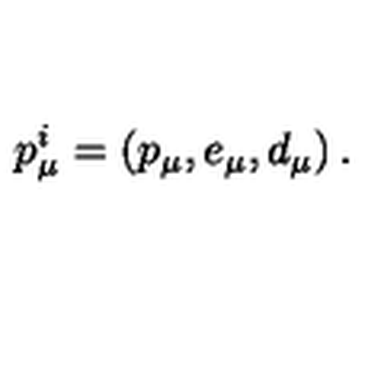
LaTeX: p _ { \mu } ^ { i } = \left( p _ { \mu } , e _ { \mu } , d _ { \mu } \right) .